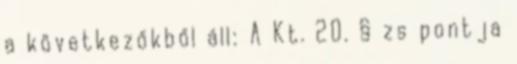
a következőkből áll: A Kt. 20. § zs pontja